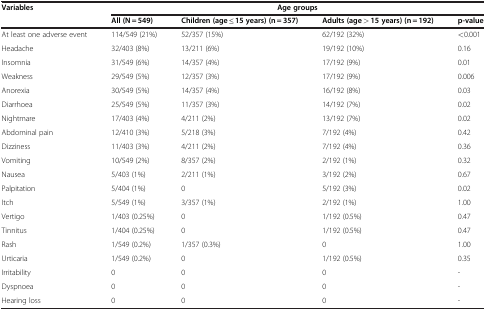
| Variables | <COLSPAN=4> Age groups |
 |  | All (N = 549) | Children (age ≤ 15 years) (n = 357) | Adults (age > 15 years) (n = 192) | p-value |
 | --- | --- | --- | --- | --- |
 | At least one adverse event | 114/549 (21%) | 52/357 (15%) | 62/192 (32%) | <0.001 |
 | Headache | 32/403 (8%) | 13/211 (6%) | 19/192 (10%) | 0.16 |
 | Insomnia | 31/549 (6%) | 14/357 (4%) | 17/192 (9%) | 0.01 |
 | Weakness | 29/549 (5%) | 12/357 (3%) | 17/192 (9%) | 0.006 |
 | Anorexia | 30/549 (5%) | 14/357 (4%) | 16/192 (8%) | 0.03 |
 | Diarrhoea | 25/549 (5%) | 11/357 (3%) | 14/192 (7%) | 0.02 |
 | Nightmare | 17/403 (4%) | 4/211 (2%) | 13/192 (7%) | 0.02 |
 | Abdominal pain | 12/410 (3%) | 5/218 (3%) | 7/192 (4%) | 0.42 |
 | Dizziness | 11/403 (3%) | 4/211 (2%) | 7/192 (4%) | 0.36 |
 | Vomiting | 10/549 (2%) | 8/357 (2%) | 2/192 (1%) | 0.32 |
 | Nausea | 5/403 (1%) | 2/211 (1%) | 3/192 (2%) | 0.67 |
 | Palpitation | 5/404 (1%) | 0 | 5/192 (3%) | 0.02 |
 | Itch | 5/549 (1%) | 3/357 (1%) | 2/192 (1%) | 1.00 |
 | Vertigo | 1/403 (0.25%) | 0 | 1/192 (0.5%) | 0.47 |
 | Tinnitus | 1/404 (0.25%) | 0 | 1/192 (0.5%) | 0.47 |
 | Rash | 1/549 (0.2%) | 1/357 (0.3%) | 0 | 1.00 |
 | Urticaria | 1/549 (0.2%) | 0 | 1/192 (0.5%) | 0.35 |
 | Irritability | 0 | 0 | 0 | - |
 | Dyspnoea | 0 | 0 | 0 | - |
 | Hearing loss | 0 | 0 | 0 | - |